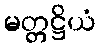
မတ္တဋ္ဌိယံ